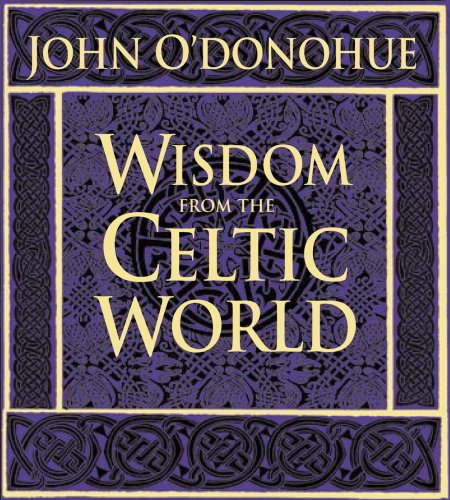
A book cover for Wisdom from the Celtic World; John O'Donohue; Religion & Spirituality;